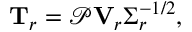
\mathbf { T } _ { r } = \mathscr { P } \mathbf { V } _ { r } \boldsymbol { \Sigma } _ { r } ^ { - 1 / 2 } ,